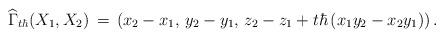
LaTeX: \begin{align*}\widehat\Gamma_{t\hbar}(X_1,X_2) \,=\, \left(x_2-x_1,\,y_2-y_1,\,z_2 - z_1 + t\hbar\left(x_1 y_2 - x_2 y_1\right)\right).\end{align*}